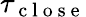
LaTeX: \tau_{\mathrm{~c~l~o~s~e~}}